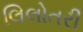
લિલોતરી